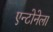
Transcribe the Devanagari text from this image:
एन्टोनेला